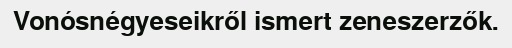
Vonósnégyeseikről ismert zeneszerzők.